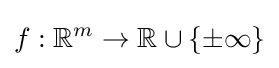
f:\mathbb {R} ^{m}\to \mathbb {R} \cup \{\pm \infty \}